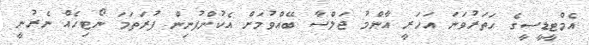
އެމްޓީޑީސީގެ ހަތަރުވަނަ އަހަރީ އާންމު ޖަލްސާ ބޭއްވުމަށް އެކުންފުނިން ފުރަތަމަ ނޯޓިހެއް ނެރުނީ